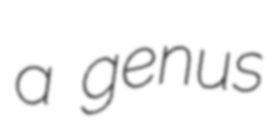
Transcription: a genus